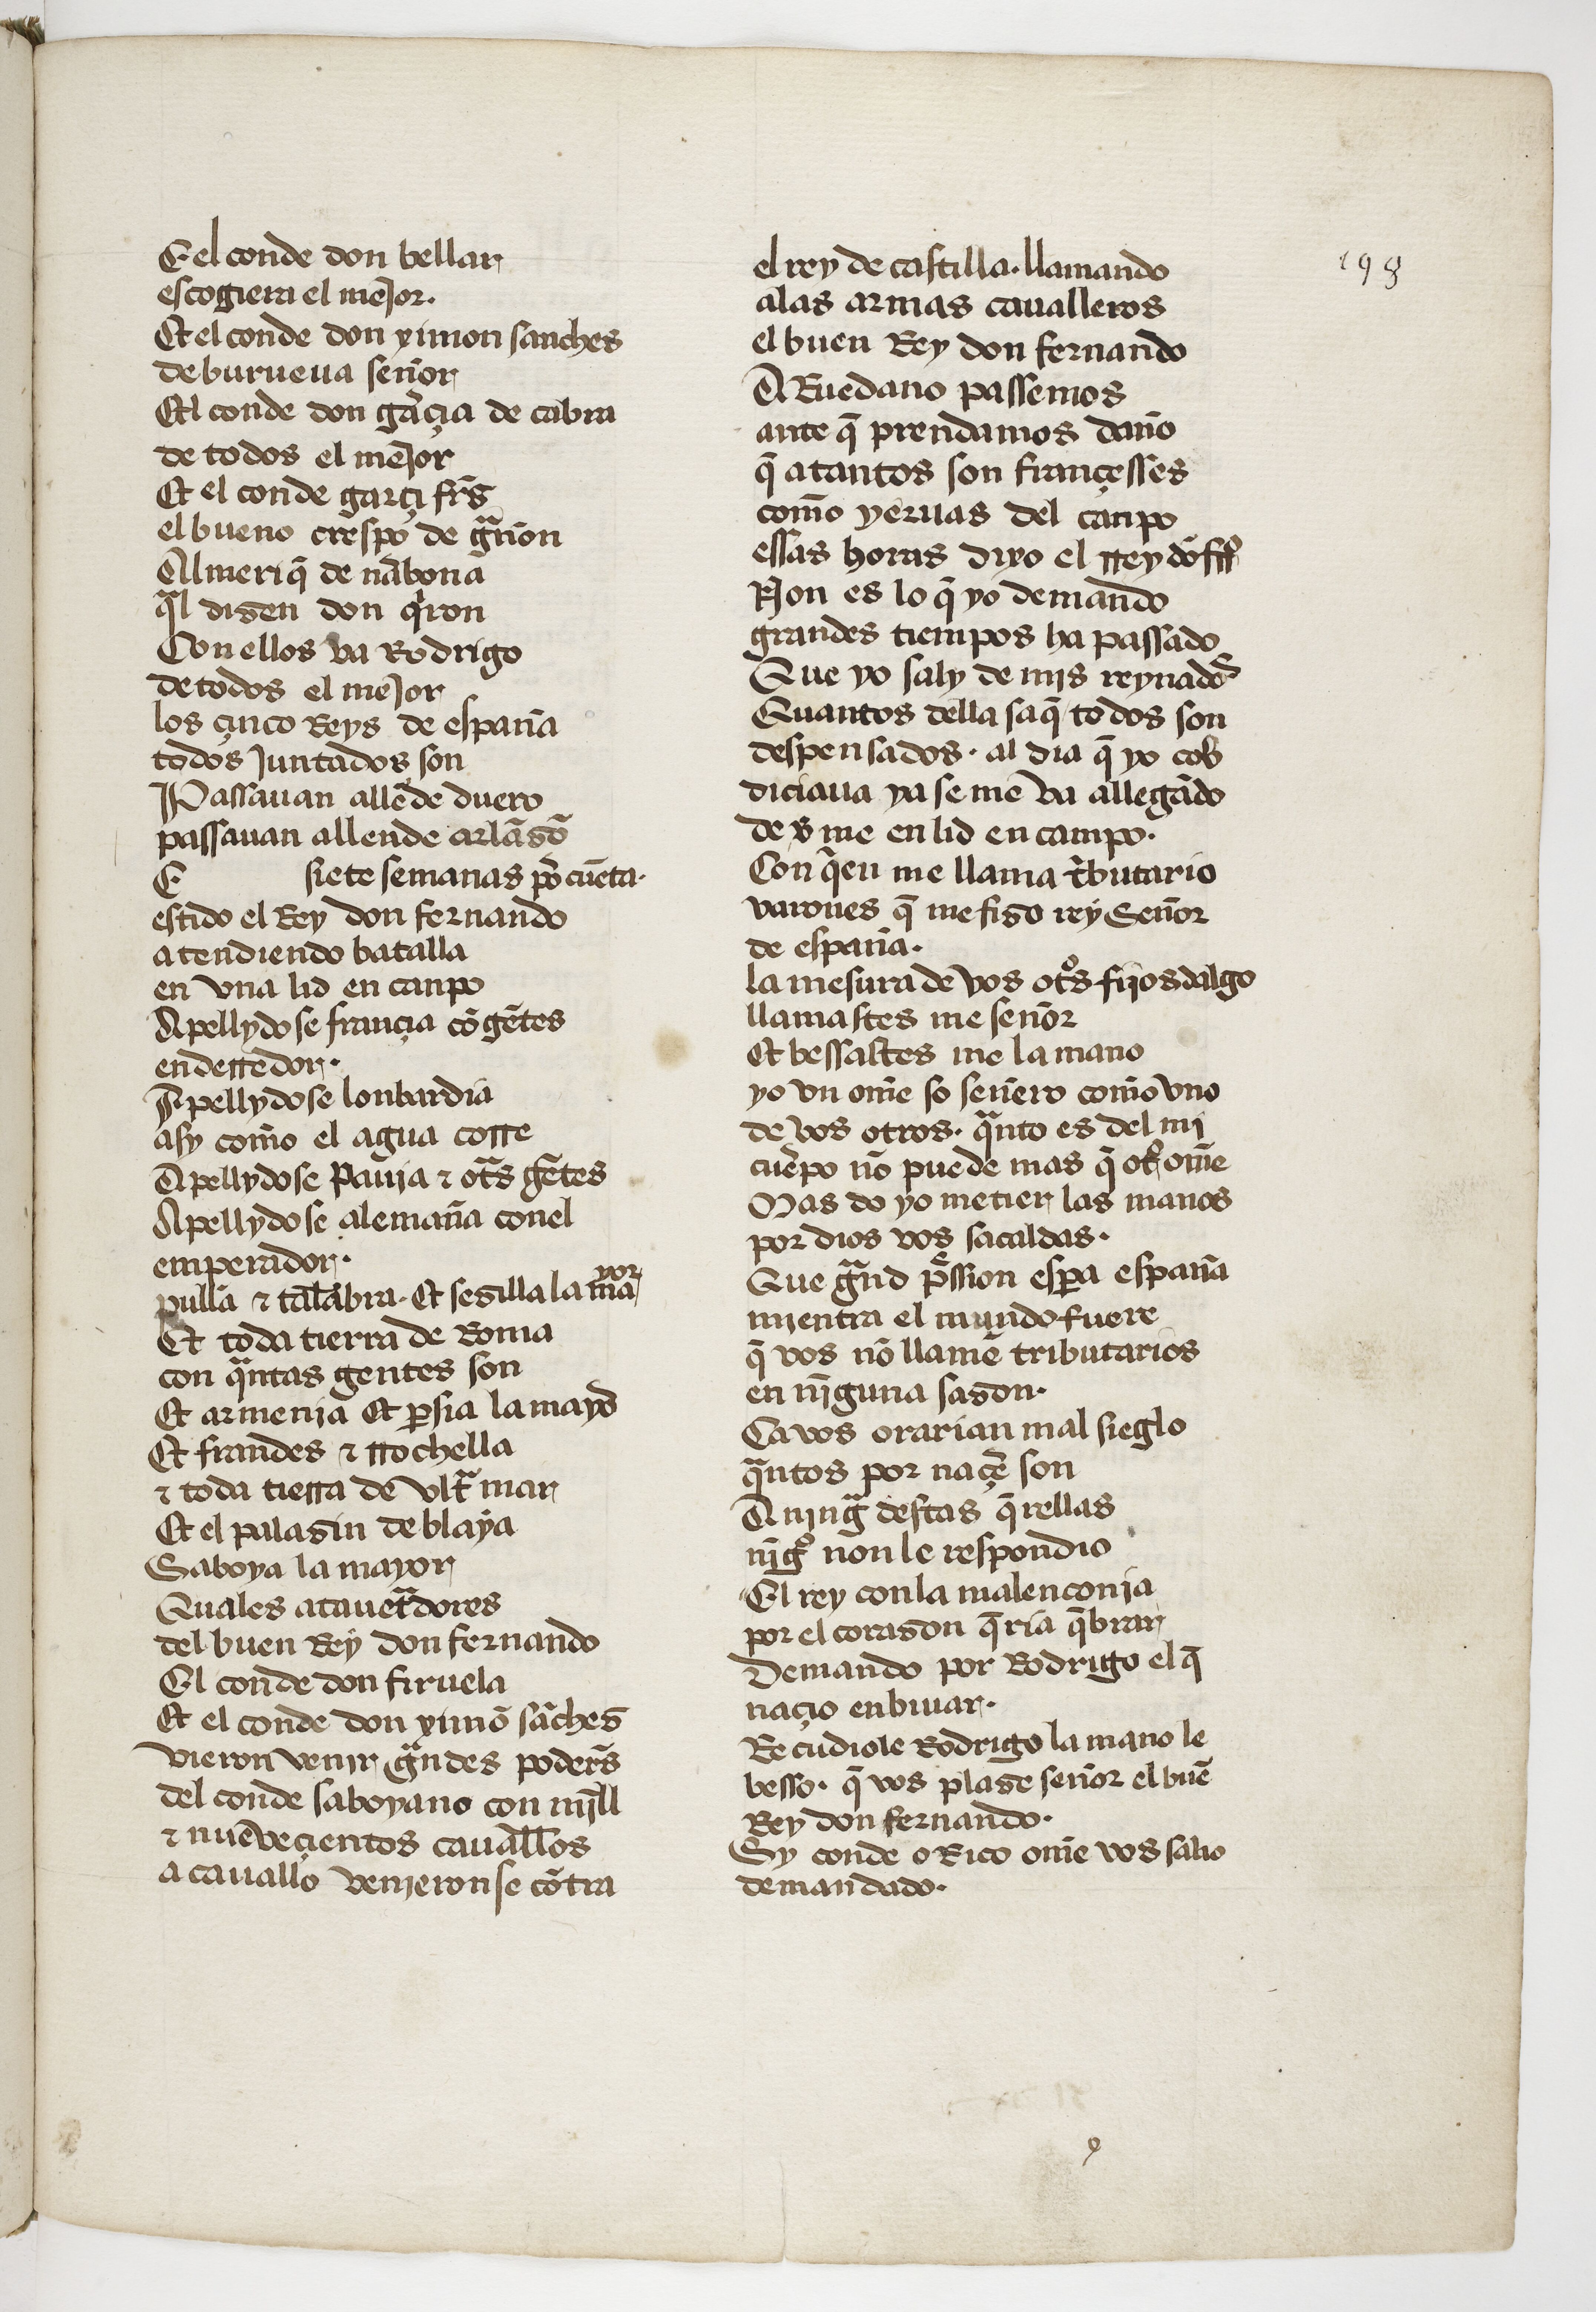
Shelfmark: Paris, BnF, esp. 12
Century: 15